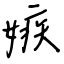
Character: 嫉